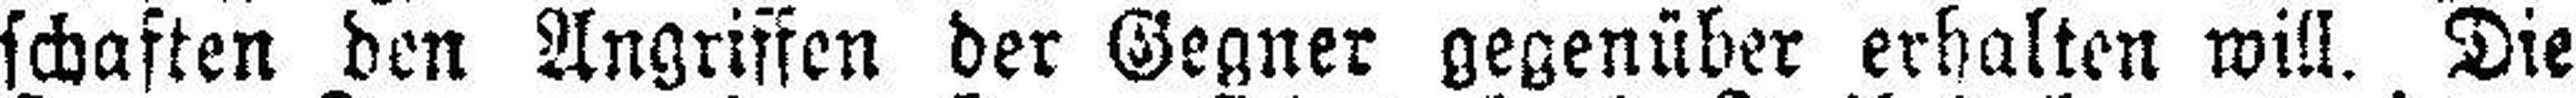
schaften den Angriffen der Gegner gegenüber erhalten will. Die